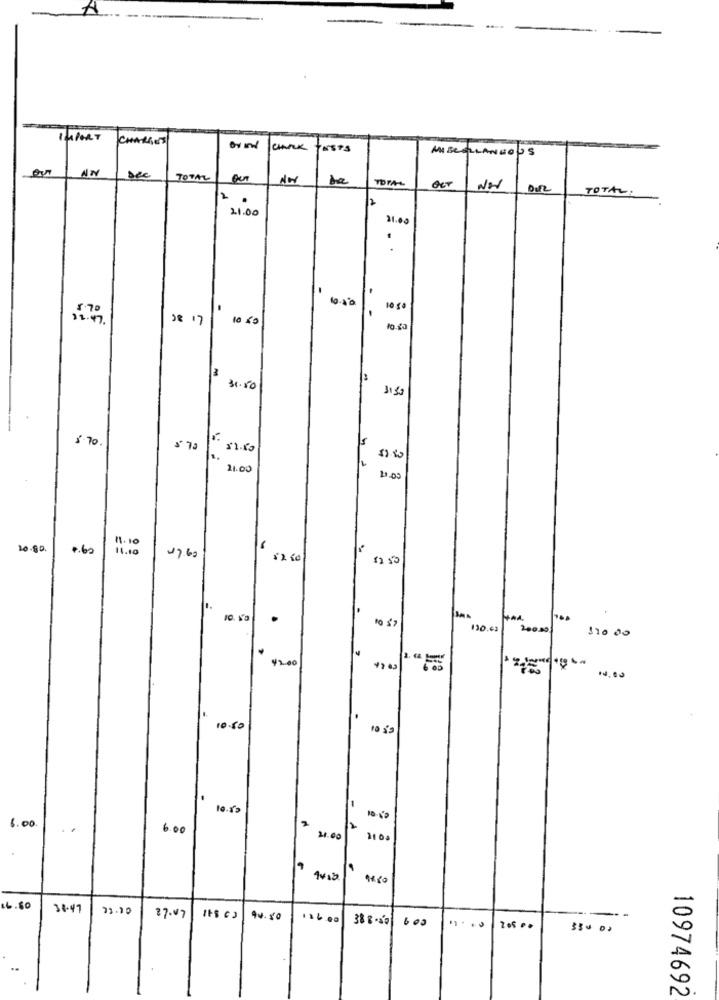
IMPORT
CHARGES
CHARK
ESTS
AMBCELLANEOUS
sec
NW
No
TOTAL:
2
.
21.00
31.00
1050
38 17
10 80
3
31.50
3:50
8.70
s.
21.00
21.03
81.10
10.90.
0.60
11.10
17.60
12.15
10. V3
130.43
20000
110 00
42.00
-
10.50
10 09
6.00
6.00
3100
1100
19
16.50
38.47
21.10
87.07
94.50
16.00
388.50 600
..
10974692